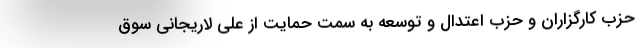
حزب کارگزاران و حزب اعتدال و توسعه به سمت حمایت از علی لاریجانی سوق